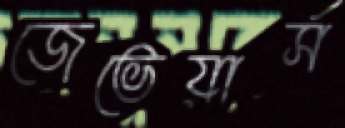
জেভেয়ার্স